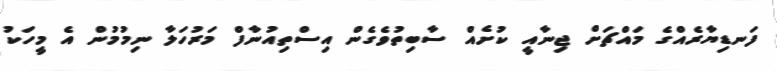
ފަނޑިޔާރެއްގެ މައްޗަށް ޖިނާއީ ކުށެއް ސާބިތުވެގެން އިސްތިއުނާފް މަރުހަލާ ނިމުމުން އެ މީހަކު